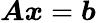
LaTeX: {\boldsymbol{A}}{\boldsymbol{x}}={\boldsymbol{b}}